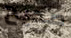
صحيح